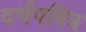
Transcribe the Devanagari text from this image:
दर्भपवित्र